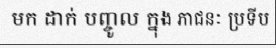
មក ដាក់ បញ្ចូល ក្នុង ភាជនៈ ប្រទីប